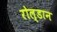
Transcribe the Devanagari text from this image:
रोल्डान